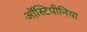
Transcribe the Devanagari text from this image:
ऑस्टिपीनिया